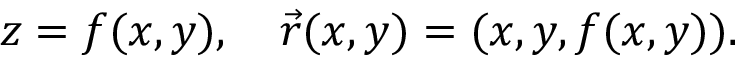
z = f ( x , y ) , \quad { \vec { r } } ( x , y ) = ( x , y , f ( x , y ) ) .